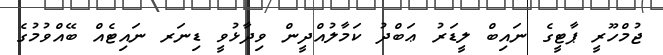
ޖުމްހޫރީ ޕާޓީގެ ނައިބް ލީޑަރު ޢަބްދު ކަމާލުއްދީން ވިދާޅުވީ ޑިނަރ ނައިޓެއް ބޭއްވުމުގެ